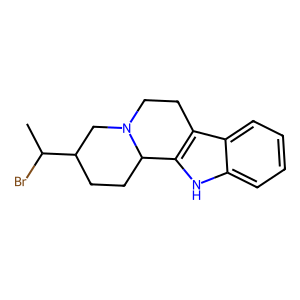
SMILES: CC(Br)C1CCC2c3[nH]c4ccccc4c3CCN2C1
Inhibits HIV replication: No